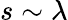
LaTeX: s\sim\lambda